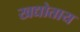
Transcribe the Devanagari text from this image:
खद्योताय